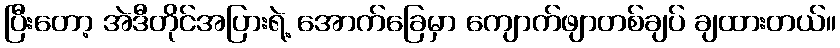
ပြီးတော့ အဲဒီတိုင်အပြားရဲ့ အောက်ခြေမှာ ကျောက်ဖျာတစ်ချပ် ချထားတယ်။